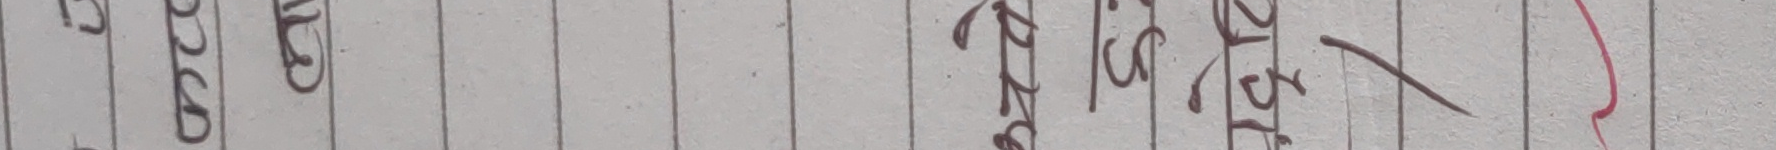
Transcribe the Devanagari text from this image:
आदेश प्रष्ट २५ गते